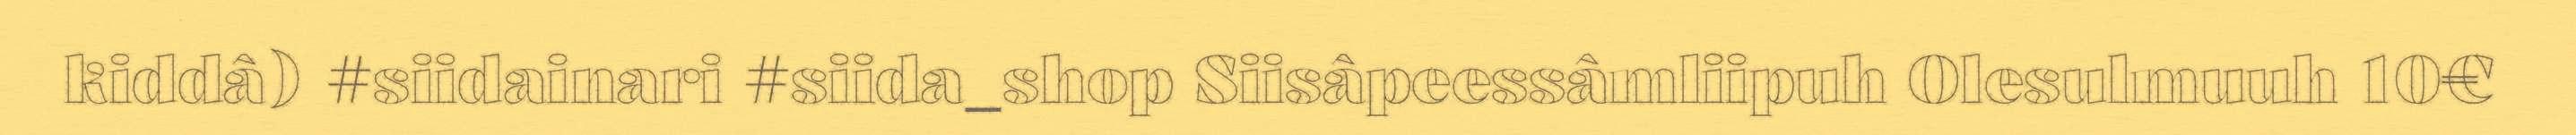
kiddâ) #siidainari #siida_shop Siisâpeessâmliipuh Olesulmuuh 10€